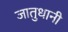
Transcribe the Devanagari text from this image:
जातुधानी